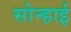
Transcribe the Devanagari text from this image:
सोन्हाई